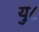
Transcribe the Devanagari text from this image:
यु८